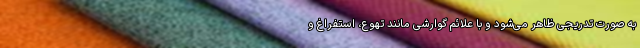
به صورت تدریجی ظاهر می‌شود و با علائم گوارشی مانند تهوع، استفراغ و